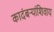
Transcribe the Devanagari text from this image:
कादंबर्‍यांशिवाय